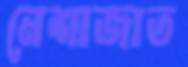
নেশাজাত